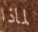
لماذا